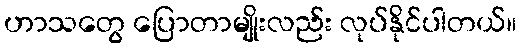
ဟာသတွေ ပြောတာမျိုးလည်း လုပ်နိုင်ပါတယ်။